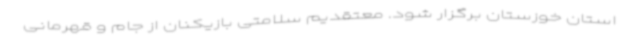
استان خوزستان برگزار شود. معتقدیم سلامتی بازیکنان از جام و قهرمانی